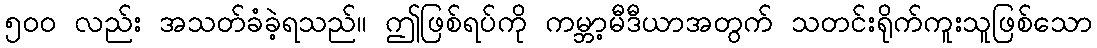
၅၀၀ လည်း အသတ်ခံခဲ့ရသည်။ ဤဖြစ်ရပ်ကို ကမ္ဘာ့မီဒီယာအတွက် သတင်းရိုက်ကူးသူဖြစ်သော